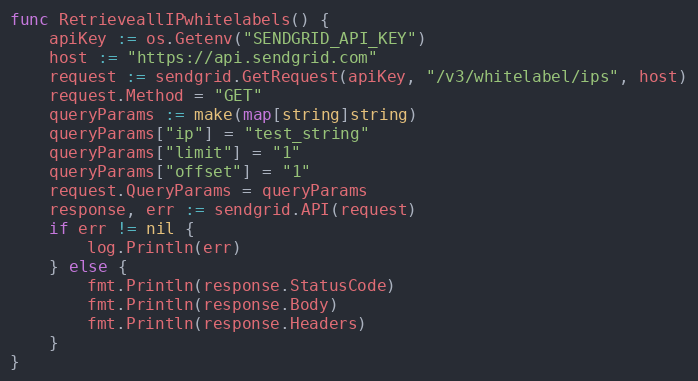
Language: Go
func RetrieveallIPwhitelabels() {
	apiKey := os.Getenv("SENDGRID_API_KEY")
	host := "https://api.sendgrid.com"
	request := sendgrid.GetRequest(apiKey, "/v3/whitelabel/ips", host)
	request.Method = "GET"
	queryParams := make(map[string]string)
	queryParams["ip"] = "test_string"
	queryParams["limit"] = "1"
	queryParams["offset"] = "1"
	request.QueryParams = queryParams
	response, err := sendgrid.API(request)
	if err != nil {
		log.Println(err)
	} else {
		fmt.Println(response.StatusCode)
		fmt.Println(response.Body)
		fmt.Println(response.Headers)
	}
}